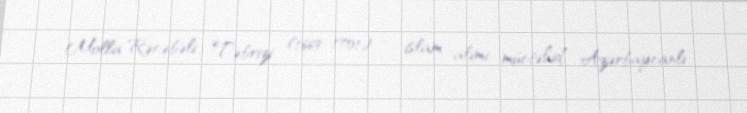
Molla Rəcəbəli Təbrizi (1669–1701) — islam alimi, müctəhid, Azərbaycanlı